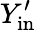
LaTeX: Y_{\mathrm{in}}^{\prime}